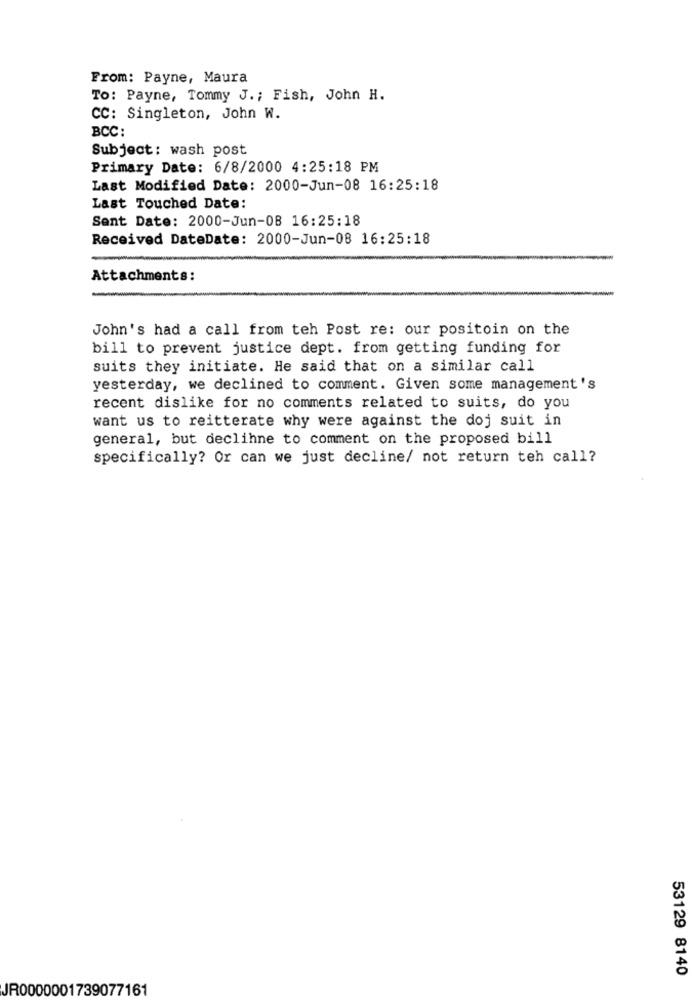
From: Payne, Maura
To: Payne, Tommy J .; Fish, John H.
CC: Singleton, John W.
BCC:
Subject: wash post
Primary Date: 6/8/2000 4:25:18 PM
Last Modified Date: 2000-Jun-08 16:25:18
Last Touched Date:
Sent Date: 2000-Jun-08 16:25:18
Received DateDate: 2000-Jun-08 16:25:18
Attachments:
John's had a call from teh Post re: our positoin on the
bill to prevent justice dept. from getting funding for
suits they initiate. He said that on a similar call
yesterday, we declined to comment. Given some management's
recent dislike for no comments related to suits, do you
want us to reitterate why were against the doj suit in
general, but declihne to comment on the proposed bill
specifically? Or can we just decline/ not return teh call?
53129 8140
JR0000001739077161